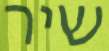
שיר